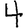
Digit: 4